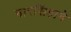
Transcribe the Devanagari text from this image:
नारसिंहाने